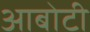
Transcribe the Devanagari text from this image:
आबोटी